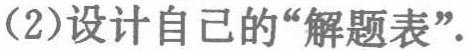
(2)设计自己的“解题表”.